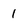
Character: 1